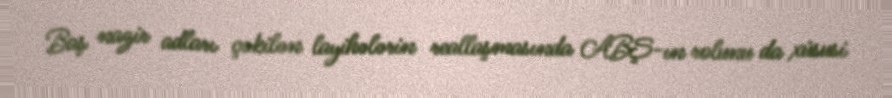
Baş nazir adları çəkilən layihələrin reallaşmasında ABŞ-ın rolunu da xüsusi